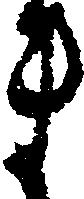
ま